Parnu_kinnistusamet, lk 20
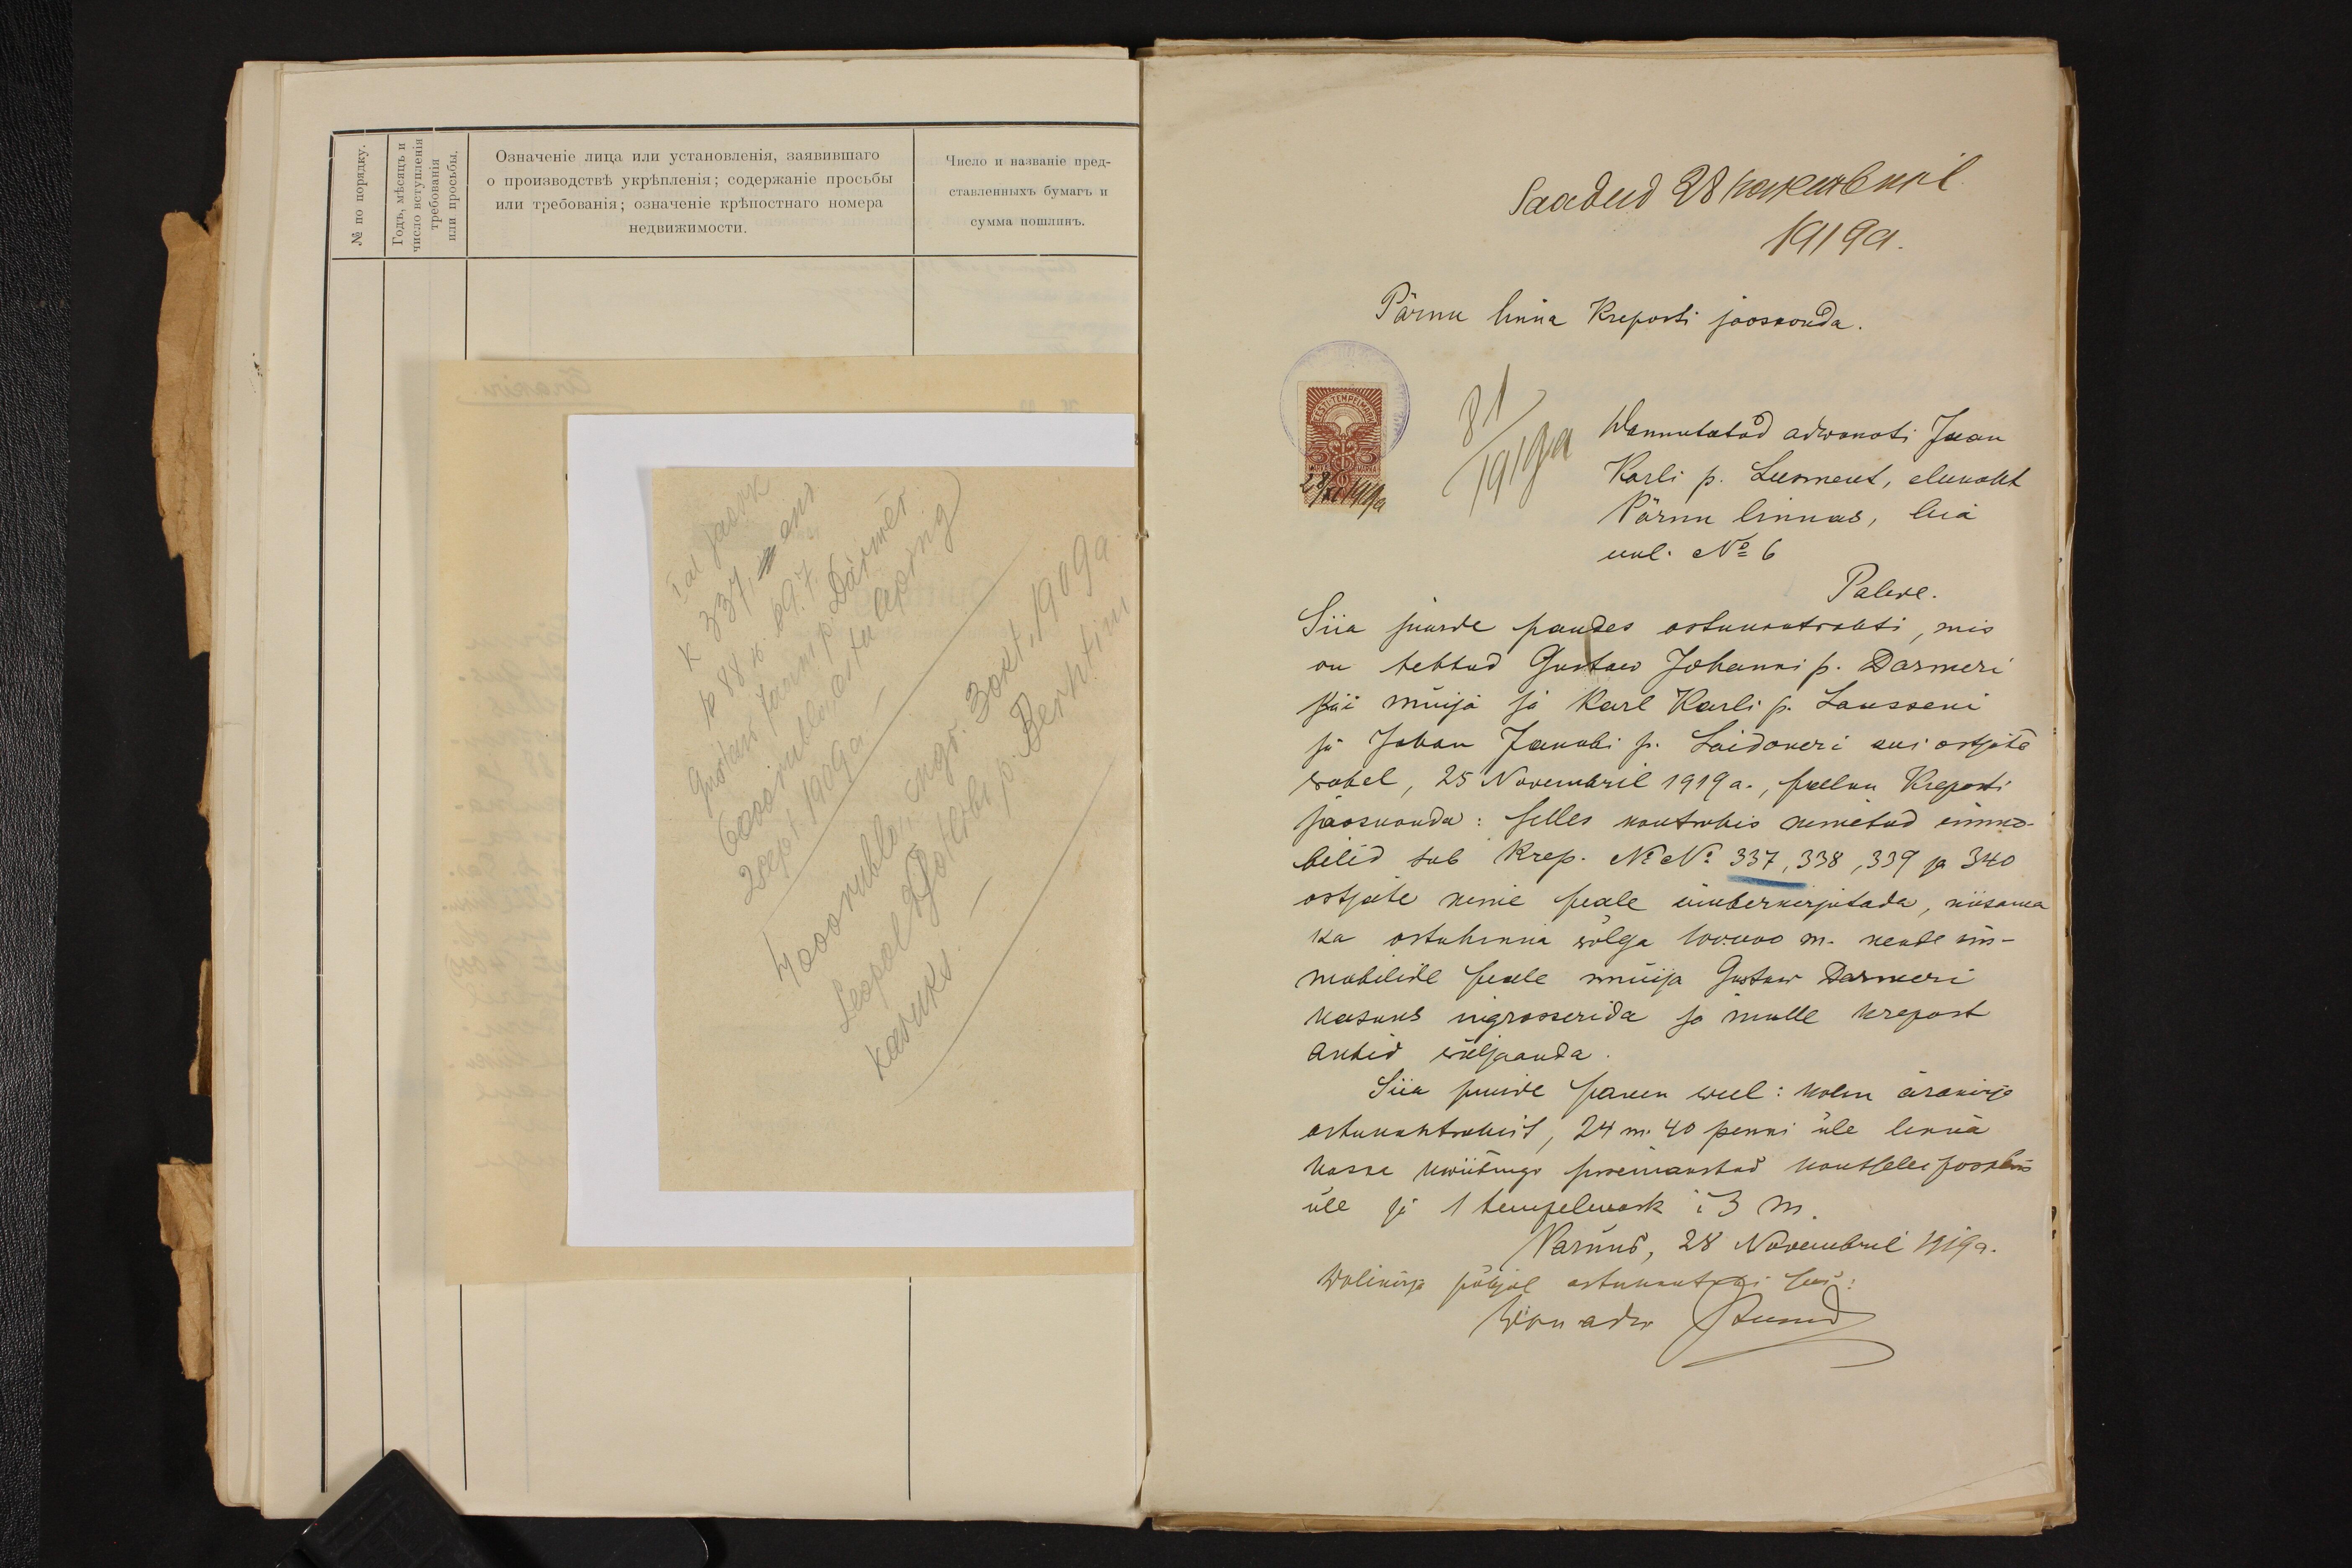
Saadud 28 nowembril
1919 a.
Pärnu linna Kreposti jaoskonda.
Wannutatud adwokati Jaan
Karli p. Leesment, elukoht
Pärnu linnas, Aia
uul. No 6
Palwe
Siia juurde pandes ostukontrakti, mis
on tehtud Gustaw Johanni p. Darmeri
kui müüja ja Karl Karli p. Lausseni
ja Johan Jakobi p. Laidoneri kui ostjate
wahel, 25 Nowembril 1919 a., palun Kreposti
jaoskonda: selles kontrakis nimetud immo-
bilid sub Krep. No No 337, 338, 339 ja 340
ostjate nime peale ümberkirjutada, niisama
ka ostuhinna wõlga 100.000 m. nende im-
mobilide peale müija Gustaw Darmeri
kasuks ingrosseerida ja mulle krepost
Aktid wäljaanda.
Siin juurde panen weel: kolm ärakirja
ostukontrakist, 24 m. 40 penni üle linna
kassa kwiitungi paremakstud kantselei poshlini
üle ja 1 tempelmaks i 3 m.
Parnus, 28 Nowembril 1919 a.
Wolikirja põhjal astukutabi teed
Linnadus Rund